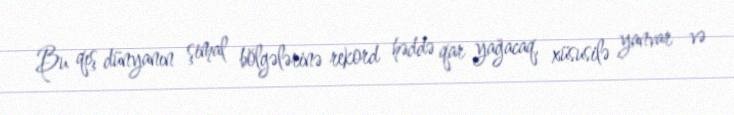
Bu qış dünyanın şimal bölgələrinə rekord həddə qar yağacaq, xüsusilə yanvar və